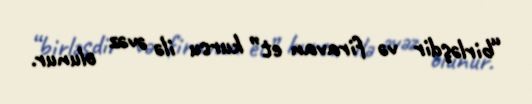
“birləşdir və firavan et” kursu ilə əvəz olunur.